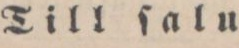
Till ſalu.